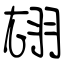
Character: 翃